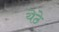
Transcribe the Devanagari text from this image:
येठे